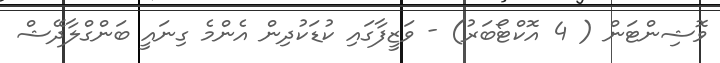
ވޮޝިންޓަން ( 4 އޮކްޓޯބަރު) - ވަޒީފާގައި ކުޑަކުދިން އެންމެ ގިނައީ ބަންގްލާދޭޝް